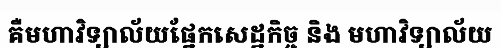
គឺមហាវិទ្យាល័យផ្នែកសេដ្ឋកិច្ច និង មហាវិទ្យាល័យ